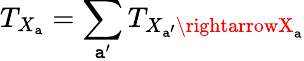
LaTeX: T_{X_{\mathtt{a}}}=\sum_{\mathtt{a}^{\prime}}T_{X_{\mathtt{a}^{\prime}}\rightarrowX_{\mathtt{a}}}